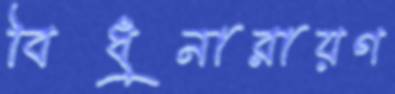
বিধুনারায়ণ